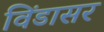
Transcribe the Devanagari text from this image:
विंडासर